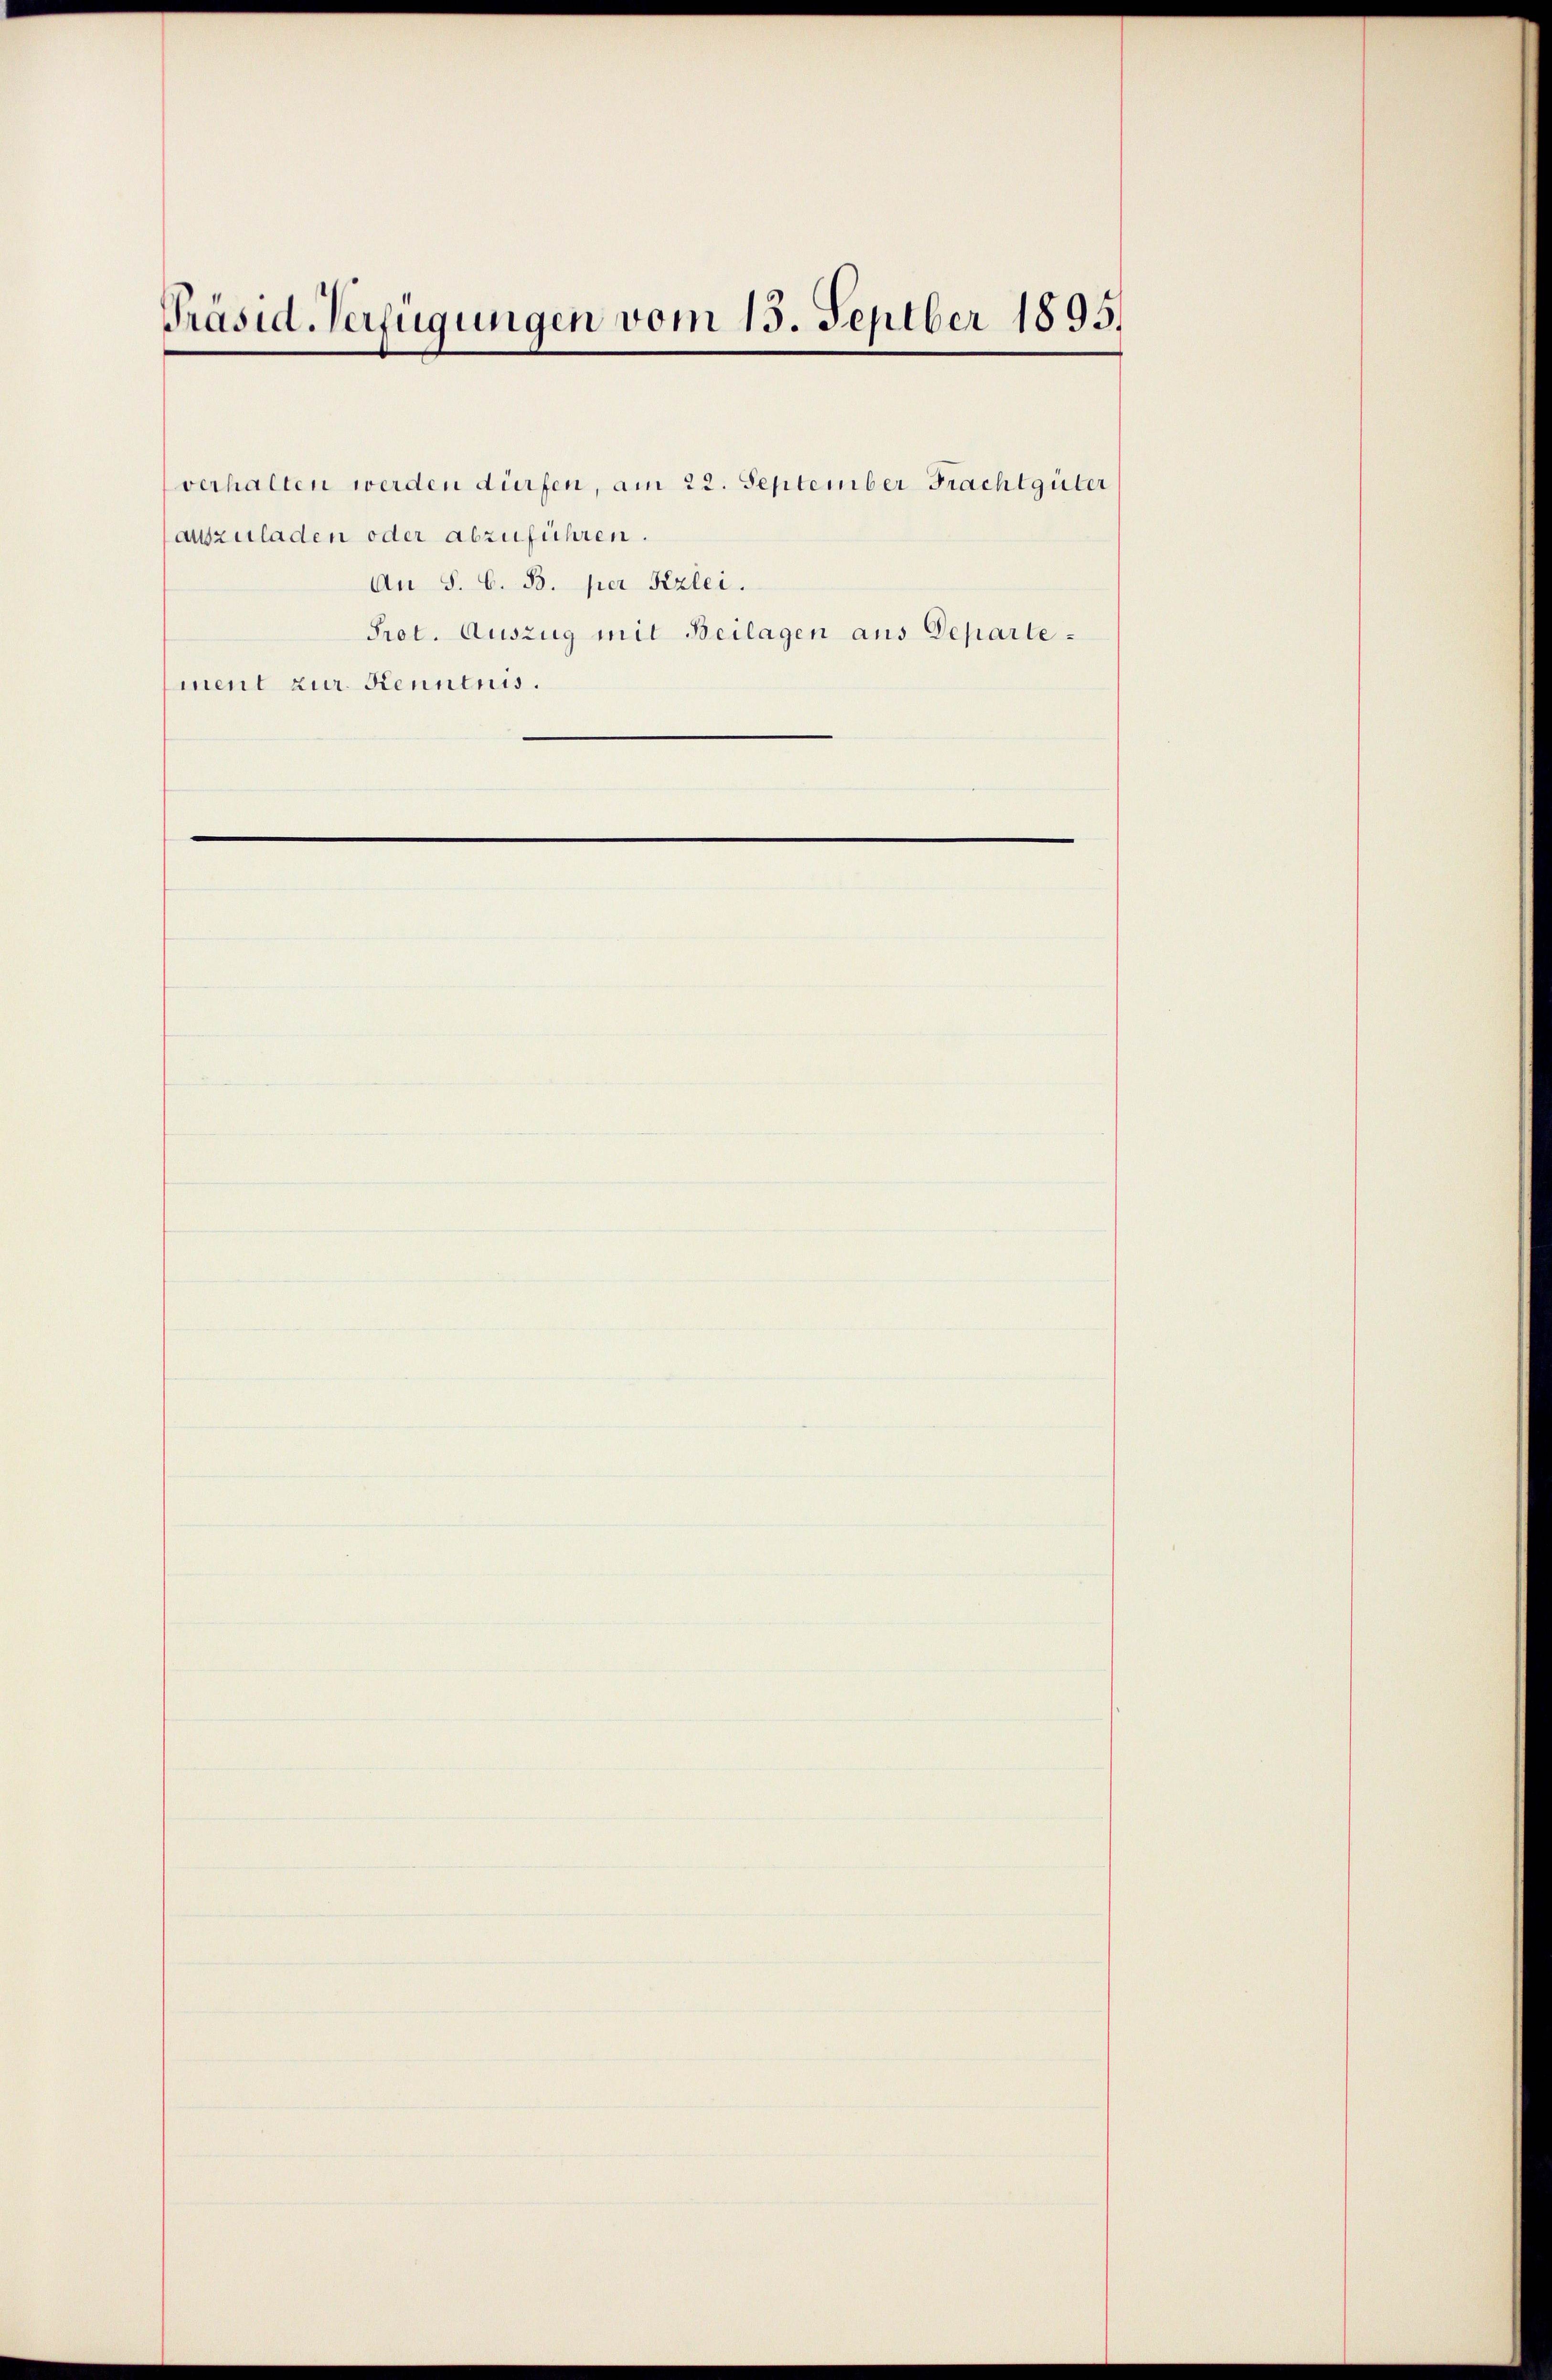
Präsid. Verfügungen vom 15. Septber 1895.

verhalten werden dürfen, am 22. September Frachtgüter
auszuladen oder abzuführen.
An S. 6. B. per Sizlei.
Prot. Auszug mit Beilagen aus Departement zur Kenntnis.